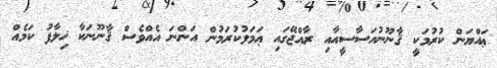
ޢައްޔަން ކުރުމަކީ ޤާނޫނުއަސާސީއާއި ރާއްޖޭގައި ޢަމަލުކުރަމުން އަންނަ އެއްވެސް ޤާނޫނަކާ ޚިލާފު ކަމެއް